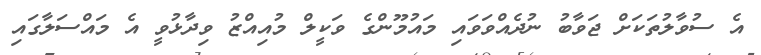
އެ ސުވާލުތަކަށް ޖަވާބު ނުދެއްވަވައި މައުމޫންގެ ވަކީލް މުއިއްޒު ވިދާޅުވީ އެ މައްސަލާގައި